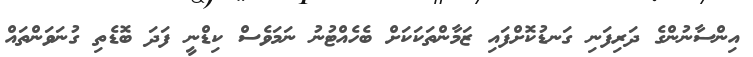
އިންސާނުންގެ ދަރިފަނި ގަނޑުކޮށްފައި ޒަމާންތަކަކަށް ބެހެއްޓުނު ނަމަވެސް ކިޑްނީ ފަދަ ބޮޑެތި ގުނަވަންތައް